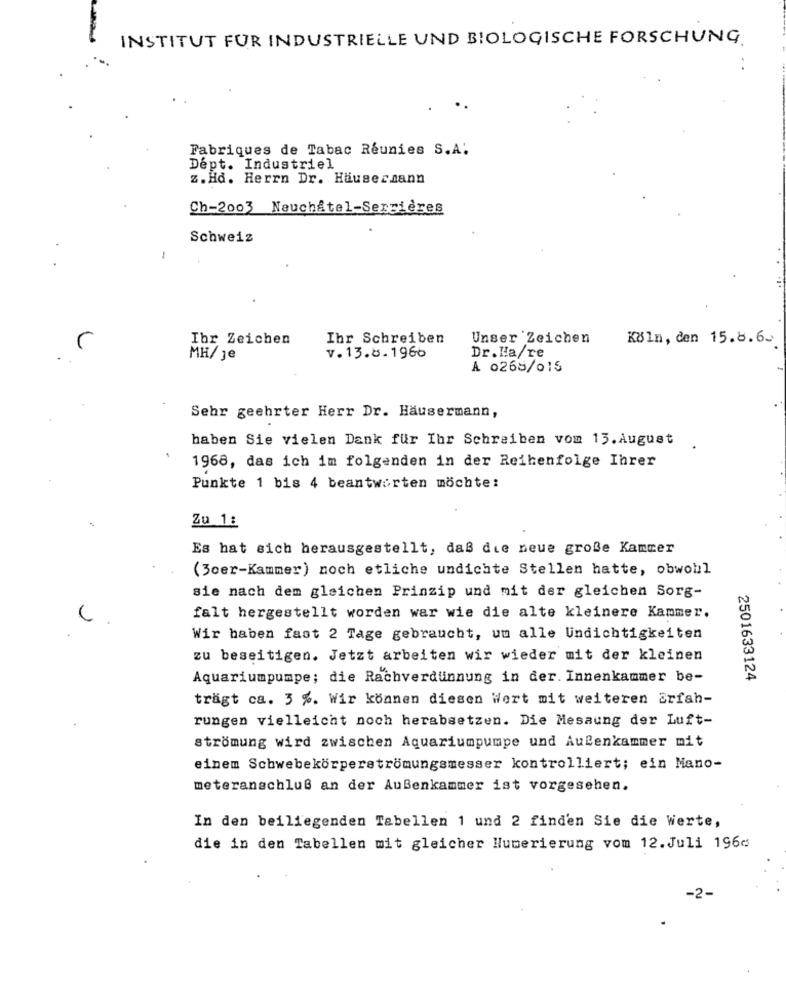
INSTITUT FUR INDUSTRIELLE UND BIOLOGISCHE FORSCHUNG
..
Fabriques de Tabac Réunies S.A.
Dept. Industriel
z. Hd. Herrn Dr. Häusersann
Ch-2003 Neuchâtel-Serrières
Schweiz
.
Ibr Zeichen
Ihr Schreiben
Unser Zeichen
Köln, den 15.8.6.
MH/ je
v. 13.8.1966
Dr.Ha/re
A 0268/015
Sehr geehrter Herr Dr. Häusermann,
haben Sie vielen Dank für Ihr Schreiben vom 15.August
1968, das ich im folgenden in der Reihenfolge Ihrer
Punkte 1 bis 4 beantworten möchte:
Zu 1:
Es hat sich herausgestellt, daß die neue große Kammer
(3cer-Kammer) noch etliche undichte Stellen hatte, obwohl
sie nach dem gleichen Prinzip und mit der gleichen Sorg-
falt hergestellt worden war wie die alte kleinere Kammer.
Wir haben fast 2 Tage gebraucht, uu alle Undichtigkeiten
zu beseitigen. Jetzt arbeiten wir wieder mit der kleinen
Aquariumpumpe; die Rachverdünnung in der. Innenkammer be-
2501633124
trägt ca. 3 %. Wir können diesen Wert mit weiteren Erfah-
rungen vielleicht noch herabsetzen. Die Mesaung der Luft-
strömung wird zwischen Aquariumpumpe und Außenkammer mit
einem Schwebekörperströmungsmesser kontrolliert; ein Mano-
meteranschluß an der Außenkammer ist vorgesehen.
In den beiliegenden Tabellen 1 und 2 finden Sie die Werte,
die in den Tabellen mit gleicher Numerierung vom 12.Juli 196¢
-2.